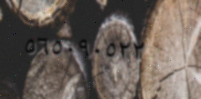
٥٦٥٠٩٠٥٢٢